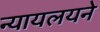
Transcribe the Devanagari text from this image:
न्यायलयने